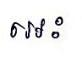
អេះ